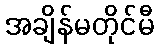
အချိန်မတိုင်မီ